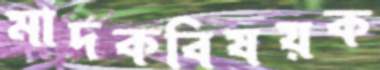
মাদকবিষয়ক